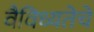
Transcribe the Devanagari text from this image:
वैविध्यतेचे